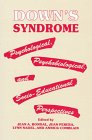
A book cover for Down's Syndromester: Psychological,psychobiological And Socio-educational Perspectives; Health, Fitness & Dieting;